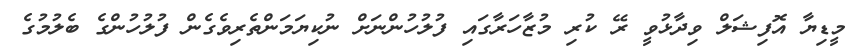
މީޑިޔާ އޮފިޝަލް ވިދާޅުވީ ރޭ ކުރި މުޒާހަރާގައި ފުލުހުންނަށް ނުކިޔަމަންތެރިވެގެން ފުލުހުންގެ ބެލުމުގެ